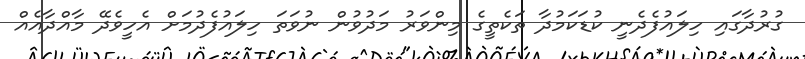
ގުރުދާގައި ހިލައުފެދެނީ ކުޑަކަމުދާ ތަކެތީގެ މިންވަރު މަދުވުން ނުވަތަ ހިލައުފެދުމަށް އެހީވެދޭ މާއްދާއެއް